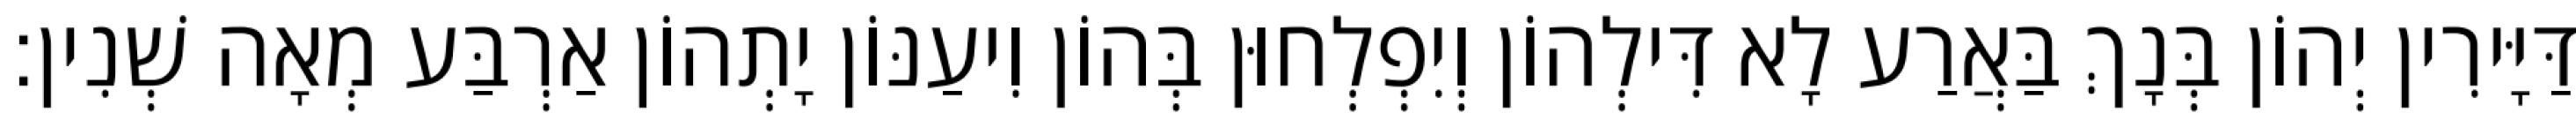
דַּיָּירִין יְהוֹן בְּנָךְ בַּאֲרַע לָא דִּילְהוֹן וְיִפְלְחוּן בְּהוֹן וִיעַנּוֹן יָתְהוֹן אַרְבַּע מְאָה שְׁנִין׃